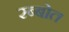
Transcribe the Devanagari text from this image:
रब्बोत